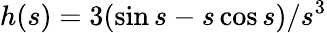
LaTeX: h(s)=3(\sin s-s\cos s)/s^{3}